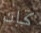
كان